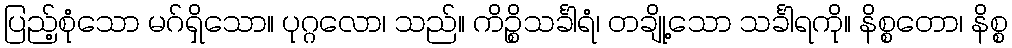
ပြည့်စုံသော မဂ်ရှိသော။ ပုဂ္ဂလော၊ သည်။ ကိဉ္စိသင်္ခါရံ၊ တချို့သော သင်္ခါရကို။ နိစ္စတော၊ နိစ္စ